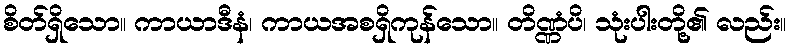
စိတ်ရှိသော။ ကာယာဒီနံ၊ ကာယအစရှိကုန်သော။ တိဏ္ဏံပိ၊ သုံးပါးတို့၏ လည်း။